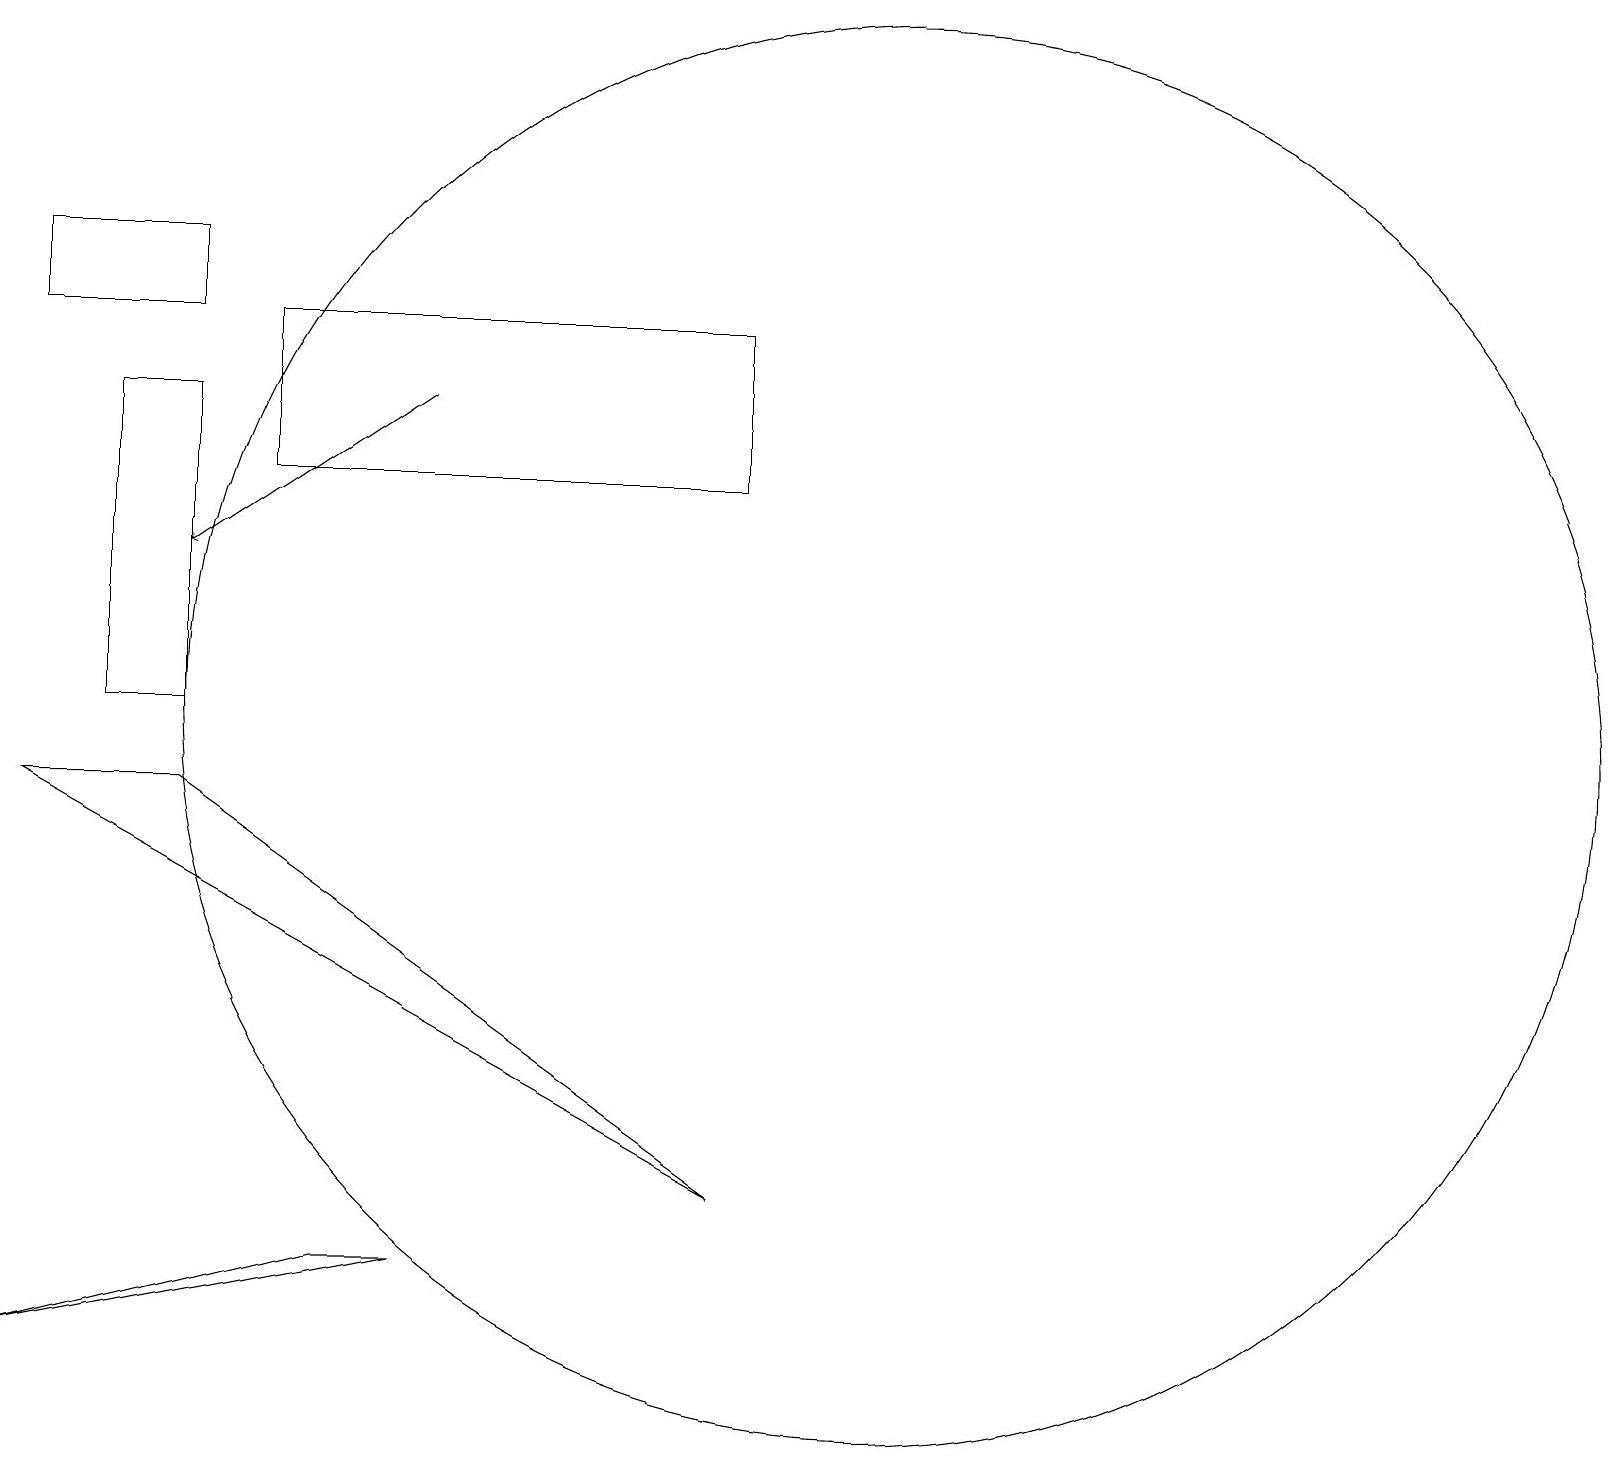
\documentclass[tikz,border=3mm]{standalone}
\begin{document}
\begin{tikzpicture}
\draw (9,4) -- (0,9) -- (2,9) -- cycle;
\draw (3,13) rectangle (9,15);
\draw (1,10) rectangle (2,14);
\draw (11,10) circle (9);
\draw (2,15) rectangle (0,16);
\draw[->] (5,14) -- (2,12);
\draw (4,3) -- (0,2) -- (5,3) -- cycle;
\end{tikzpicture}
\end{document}